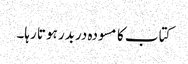
کتاب کا مسودہ دربدر ہوتا رہا۔